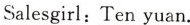
Salesgirl:Ten yuan.